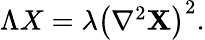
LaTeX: \begin{array}{r}{\Lambda X=\lambda\big(\nabla^{2}\mathbf{X}\big)^{2}.}\end{array}